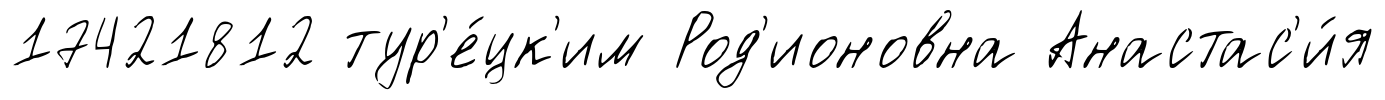
17421812 тур'е́цк'им Род'ионовна Анастас'и́я